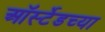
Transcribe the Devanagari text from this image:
ऑर्स्टेडच्या